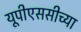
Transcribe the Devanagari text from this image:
यूपीएससीच्या